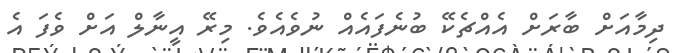
ދިމާއަށް ބާރަށް އެއްޗެކޭ ބުނެފައެއް ނުވެއެވެ. މިރޭ އީނާލް އަށް ވެފަ އެ